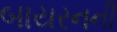
બાયરનની